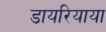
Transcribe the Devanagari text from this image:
डायरियाया